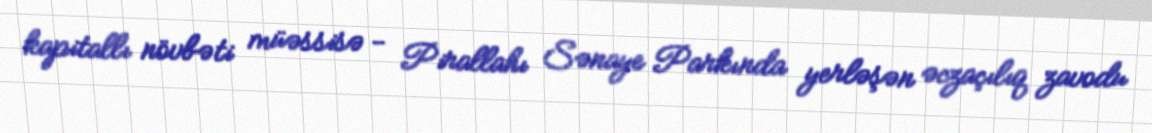
kapitallı növbəti müəssisə - Pirallahı Sənaye Parkında yerləşən əczaçılıq zavodu